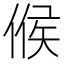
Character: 𠋫